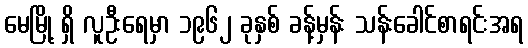
မေမြို့ ရှိ လူဦးရေမှာ ၁၉၆၂ ခုနှစ် ခန့်မှန်း သန်းခေါင်စာရင်းအရ